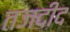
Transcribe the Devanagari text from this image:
तजदीद